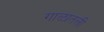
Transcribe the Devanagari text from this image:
गाळातली